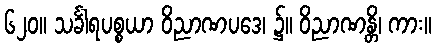
၆၂၀။ သင်္ခါရပစ္စယာ ဝိညာဏပဒေ၊ ၌။ ဝိညာဏန္တိ၊ ကား။